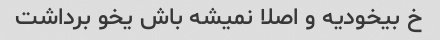
خ بیخودیه و اصلا نمیشه باش یخو برداشت